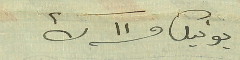
يونيك ف ١١ ك٢